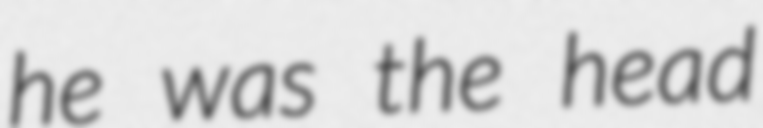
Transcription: he was the head